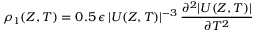
\rho _ { 1 } ( Z , T ) = 0 . 5 \, \epsilon \, | U ( Z , T ) | ^ { - 3 } \, \frac { \partial ^ { 2 } | U ( Z , T ) | } { \partial T ^ { 2 } }